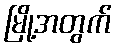
မြို့အတွက်